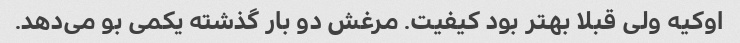
اوکیه ولی قبلا بهتر بود کیفیت. مرغش دو بار گذشته یکمی بو می‌دهد.